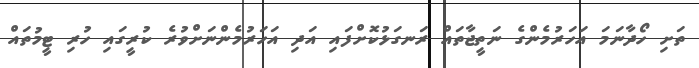
ތަށި ހޯދާނަމަ އަހަރުމެންގެ ނަތީޖާތައް ރަނގަޅުކޮށްފައި އަދި އަހަރުމެންނަށްވުރެ ކުރީގައި ހުރި ޓީމުތައް